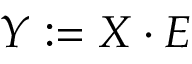
Y : = X \cdot E